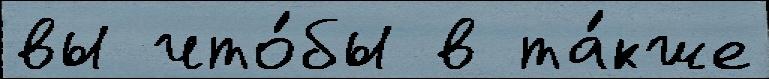
вы что́бы в та́кже